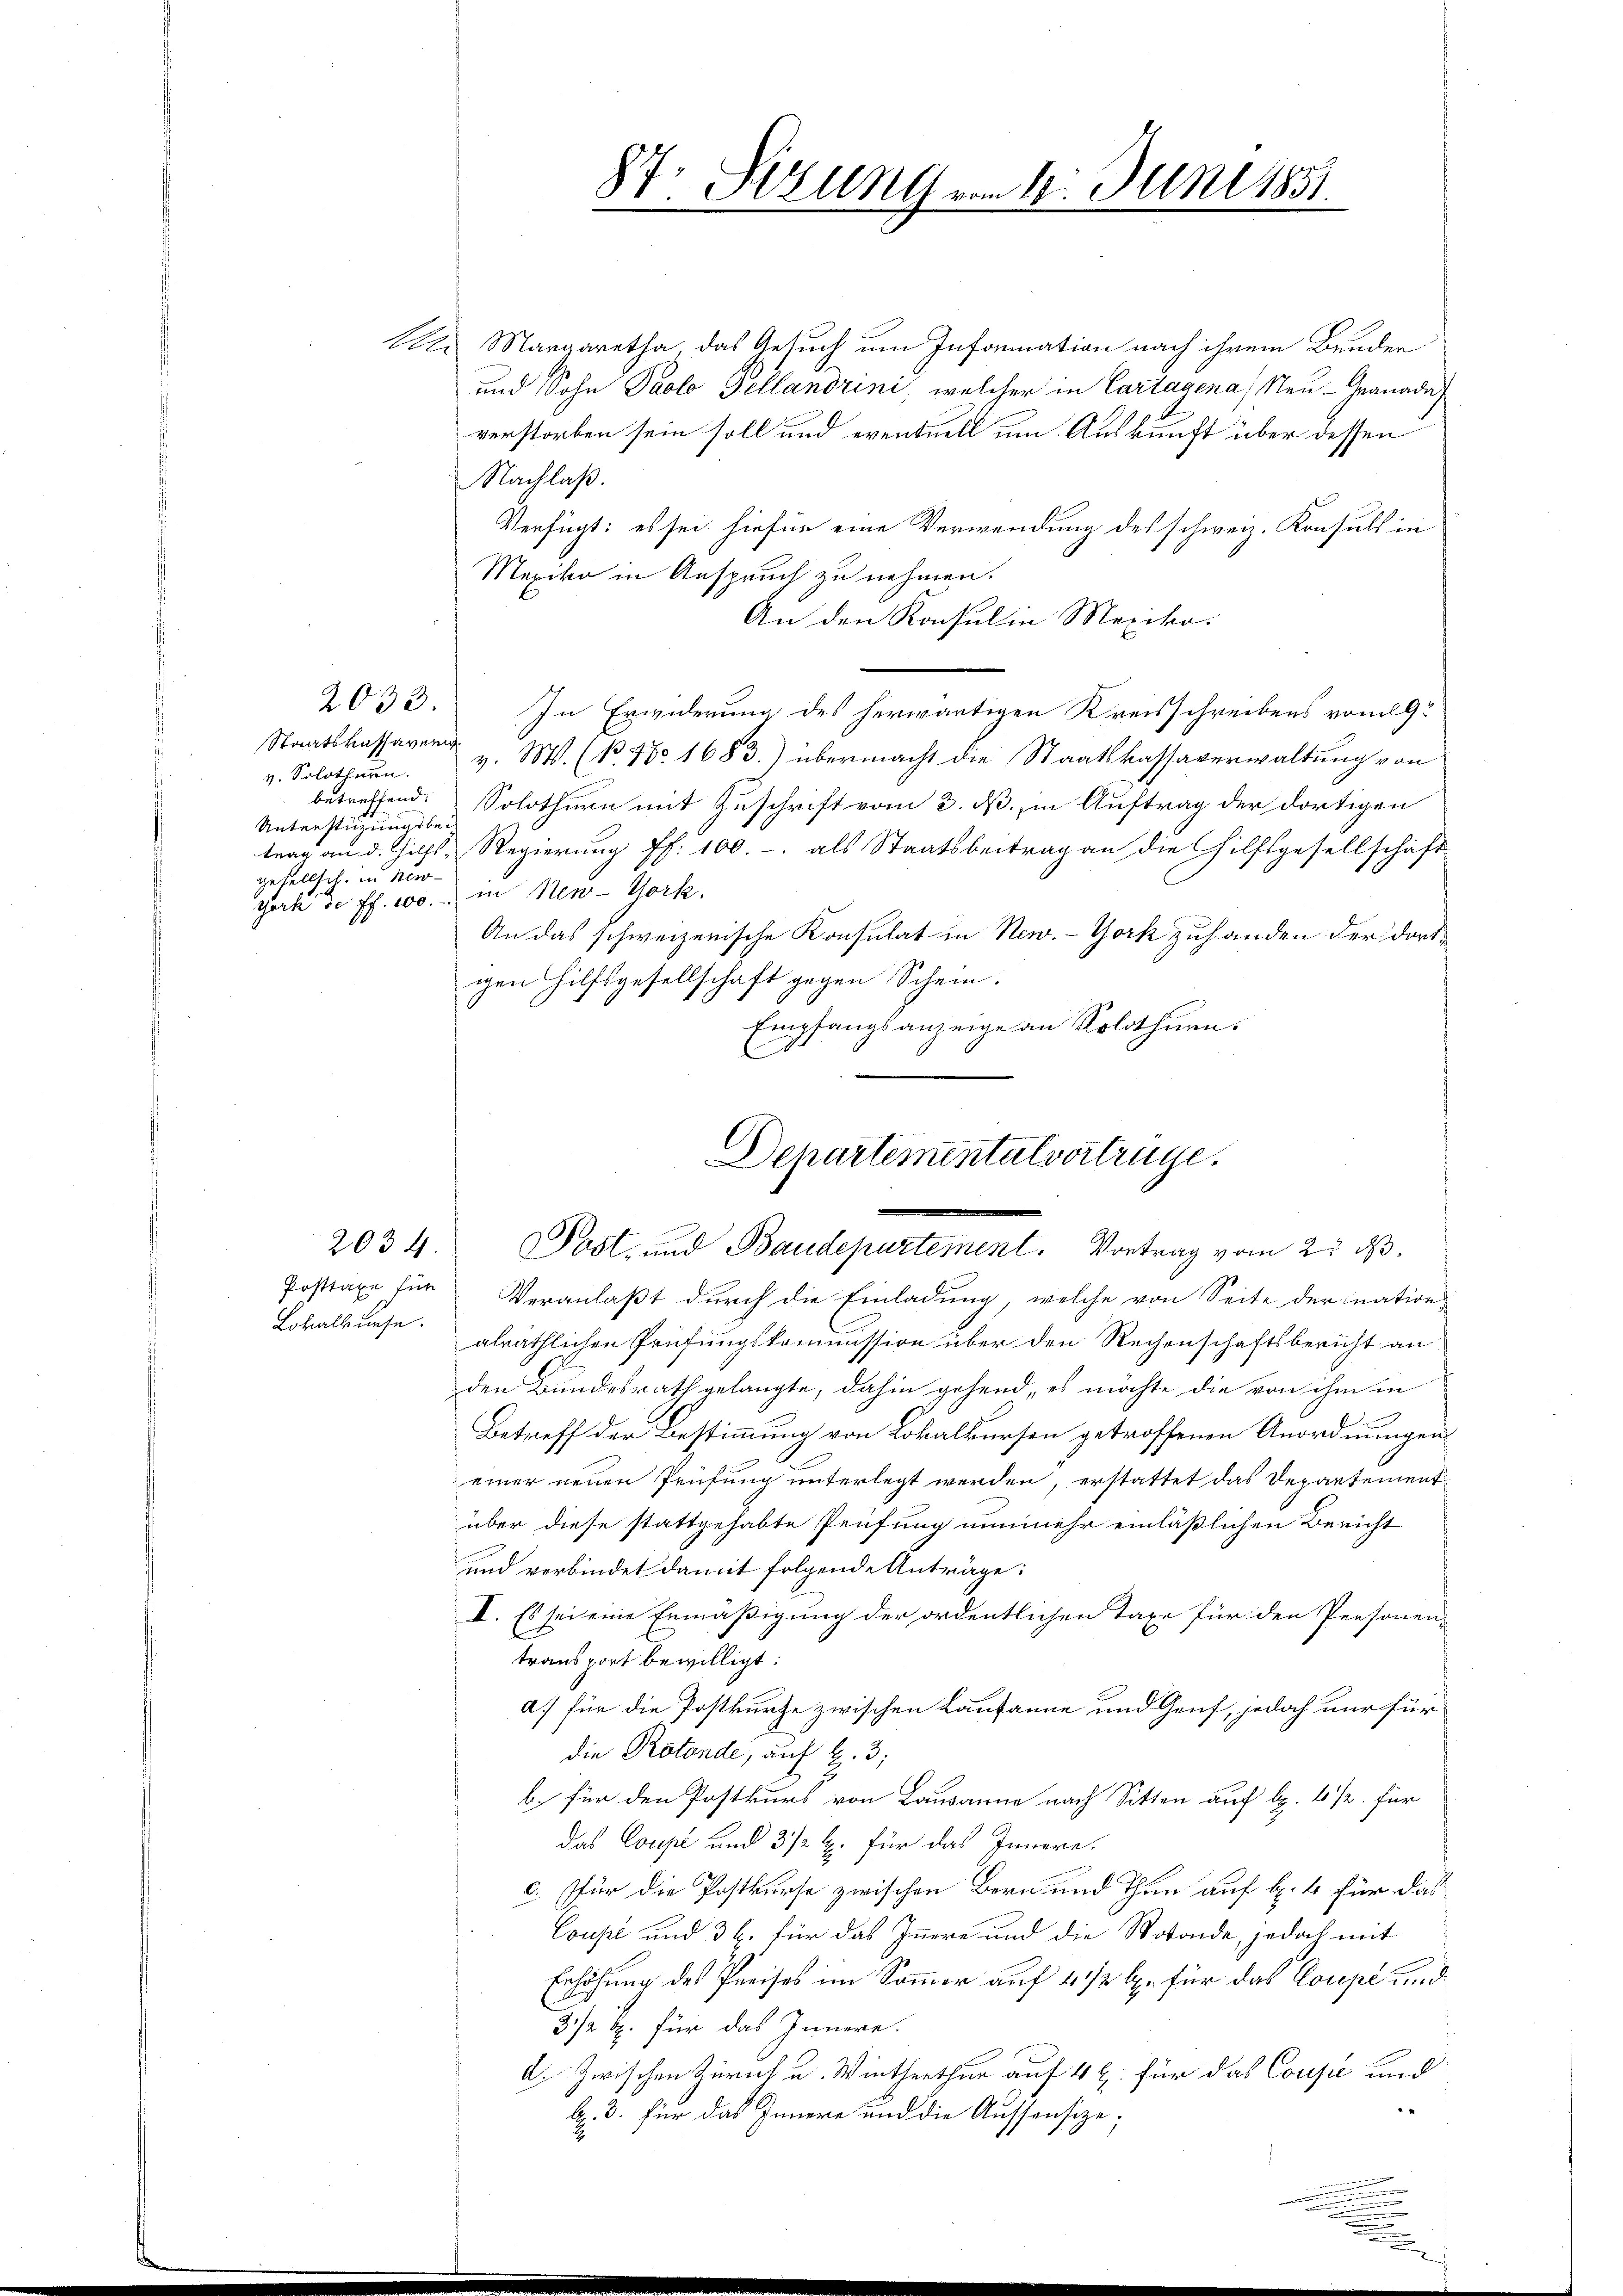
Staatskassaven
v. Solothurn.
Unterstützungsbegesellsch, in New-

Lokalbuese.

2034.

Se. Margaretha, das Gesuch um Information nach ihrem Bunden
und Sohn Paolo Tellandrini, welcher in Cartagena) Neu - Granada
verstorben sein soll und eventuell um Auskunft über dessen
Nachlaß.
Verfügt: es sei hiefür eine Verwendung des schweiz. Konsuls in
Mexiko in Anspruch zu nehmen.
An den Konsul in Mexiko
2033. In Erwiderung des herwärtigen Kreisschreibens vom 19t
v. M. (N. N° 1683.) übermacht die Staatskassaverwaltung von
betreffend. Solothurn mit Zuschrift vom 3. ß., in Auftrag der dortigen
trag an d. Hilfs-Regierung ff. 100.- als Staatsbeitrag an die Hilfsgesellschaft
York de ff. 100. in New-York,
An das schweizerische Konsulat in New-York zuhanden der dortgen Hilfsgesellschaft gegen Schein.
Empfangsanzeige an Solothur.

Posttaxe für Veranlaßt durch die Einladung, welche von Seite der ination
alräthlichen Prüfungskommission über den Rechenschaftsbericht an
den Bundesrath gelangte, dahin gehend, es möchte die von ihm in
Betreff der Bestimmung von Lokalkursen getroffenen Anordnungen
einer neuen Prüfung unterlegt werden, erstattet das Departementüber diese stattgehabte Prüfung nunmehr einläßlichen Bericht
und verbindet damit folgende Anträge:
I. Es sei eine Ermäßigung der ordentlichen Taxe für den Personen-
transport bewilligt:
a.) Für die Postkurze zwischen Lausanne und Genf, jedoch nur für
die Rotende, auf S. 3;
b. für den Postkurs von Lausanne nach Sitten auf lp. 4 1/2 für
das Coupé und 3/2 l. für das Innern.
c. Für die Postkurse zwischen Bern und Thun auf b. 4 für das
Coupé und 36. für das Innere und die Motonde, jedoch mit
Erhöhung des Preises im Sommer auf 4 1/2 l. für das Coupé und
3/2 Rp. für das Innern.
A. Zwischen Zürich u. Winterthur auf 4 l. für das Coupe und
A. 3. für das Innere und die Aussensize;
2
n

87. Sitzung vom 1. Juni 185

Dehartementalvertrüge.
Post- und Baudepartement. Vortrag vom 2. d.

.

.